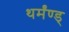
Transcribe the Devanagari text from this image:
थर्मंण्ड्